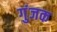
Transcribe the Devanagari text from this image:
गुंजक